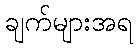
ချက်များအရ